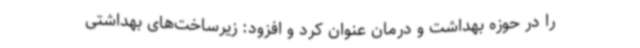
را در حوزه بهداشت و درمان عنوان کرد و افزود: زیرساخت‌های بهداشتی